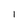
Character: I